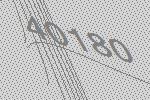
40180